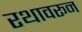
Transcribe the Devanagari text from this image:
रथावरून